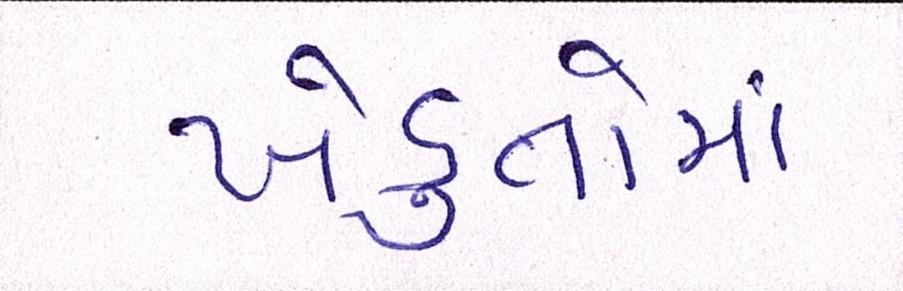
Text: ખેડુતોમાં